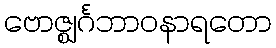
ဗောဇ္ဈင်္ဂဘာဝနာရတော